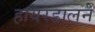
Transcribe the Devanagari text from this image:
हायरडालने